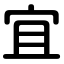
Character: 宜